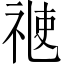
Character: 𥚄